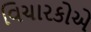
વિચારકોએ